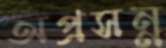
অপ্রসন্ন